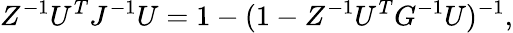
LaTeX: Z^{-1}U^{T}J^{-1}U=1-(1-Z^{-1}U^{T}G^{-1}U)^{-1},